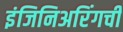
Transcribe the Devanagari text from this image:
इंजिनिअरिंगची